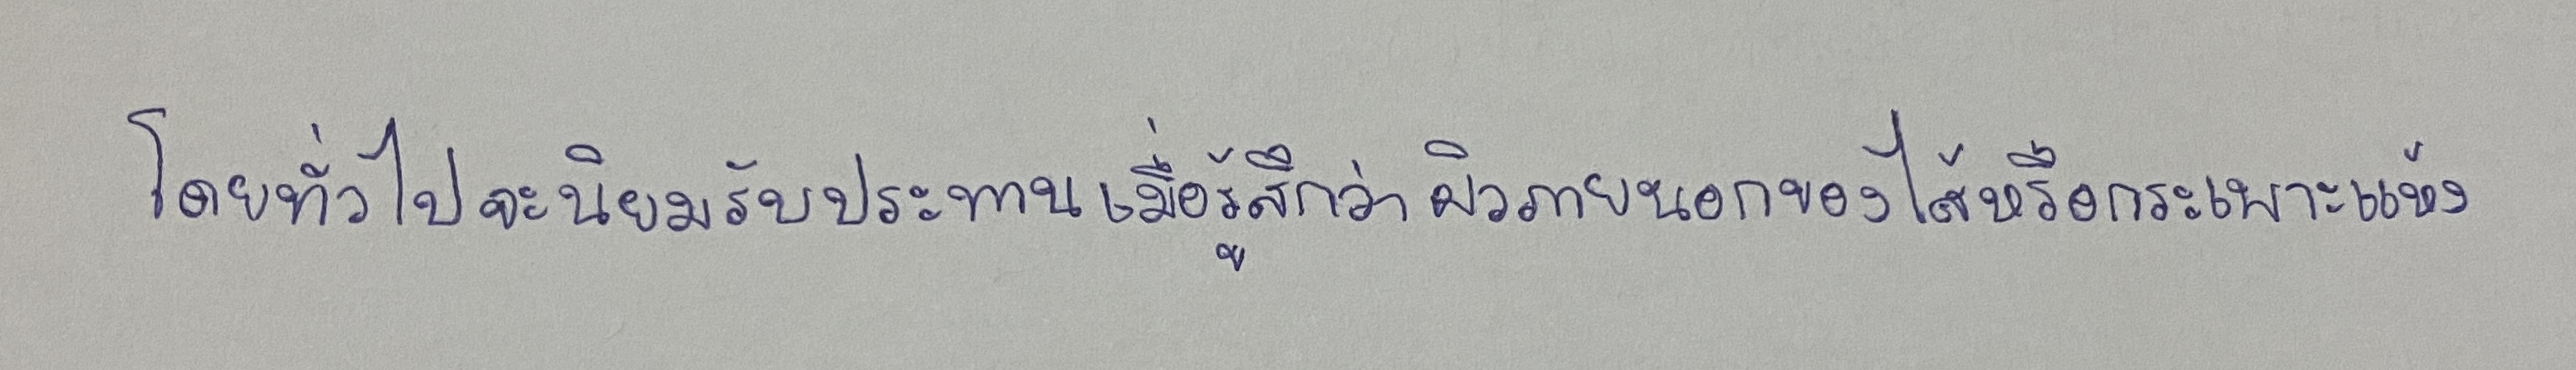
โดยทั่วไปจะนิยมรับประทานเมื่อรู้สึกว่าผิวภายนอกของไส้หรือกระเพาะแห้ง